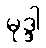
မုဒ္ဒါ